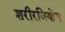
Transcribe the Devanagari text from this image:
शरीरवियोग